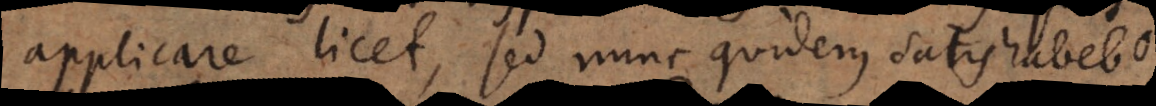
applicare licet, sed nunc quidem satis habebo